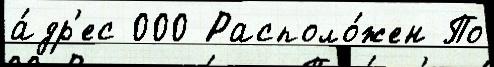
а́др'ес 000 Располо́жен По